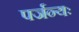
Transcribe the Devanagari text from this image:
पर्जन्यः